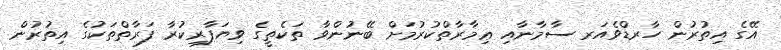
އޭގެ އިތުރުން ހާރޑްވެއަރ ސާމާނާއި ޢިމާރާތްކުރުމަށް ބޭނުންވާ ތަކެތީގެ ވިޔަފާރިކުރާ ފަރާތްތަކުގެ އިތުރުން